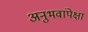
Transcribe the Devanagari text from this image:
अनुभवांपेक्षा